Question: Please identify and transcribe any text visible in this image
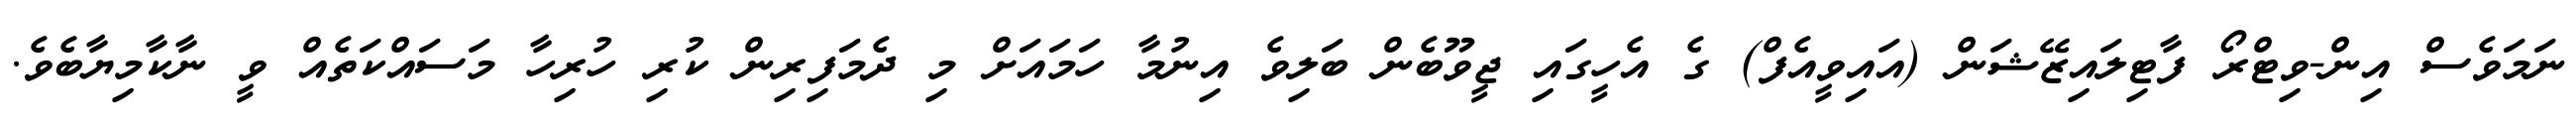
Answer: ނަމަވެސް އިން-ވިޓްރޯ ފާޓިލައިޒޭޝަން (އައިވީއެފް) ގެ އެހީގައި ޖީވޫބެން ބަލިވެ އިނުމާ ހަމައަށް މި ދެމަފިރިން ކުރި ހުރިހާ މަސައްކަތެއް ވީ ނާކާމިޔާބެވެ.